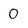
Character: 0